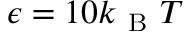
\epsilon = 1 0 k _ { \mathrm { ~ B ~ } } T